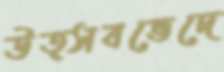
উত্সবভেদে